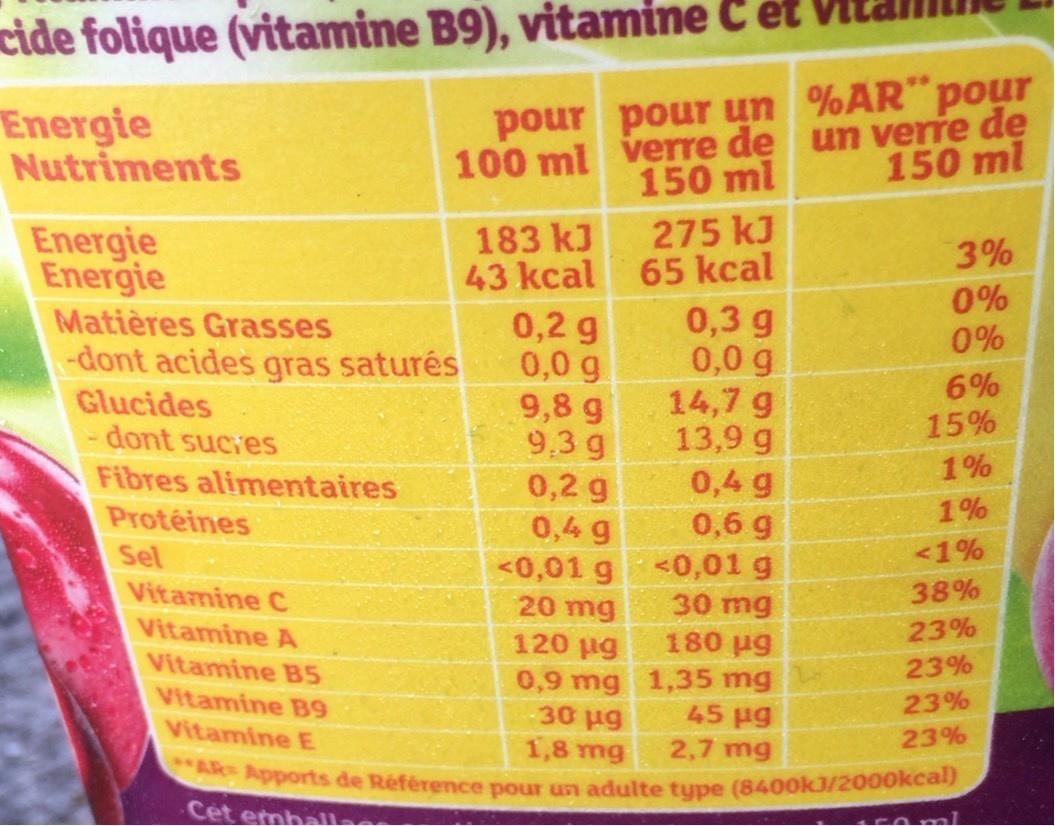
cide folique (vitamine B9), vitamine C et
100 ml verre de un verre de 150 ml
Energie Nutriments
pour pour un %AR"pour
150 ml
Energie Energie
183 kJ 43 kcal
275 kJ 65 kcal
3%
0% 0%
Matières Grasses -dont acides gras saturés
0,3 g 0,0 g 14,7 g 13,9 g
0,2 g 0,0 g 9,8 g 9,3 g 0,2 g 0,4 g <0,01 g<0,01 g 20 mg
Glucides -dont sucies
6% 15%
Fibres alimentaires
1%
0,4 g 0,6 g
Protéines
1%
<1%
Sel Vitamine C
30 mg
38%
Vitamine A
120 ug
180 ug
23%
Vitamine B5
23%
0,9 mg 1,35 mg 30 Hg 1,8 mg pports de Référence pour un adulte tupe (84O0KJ/2000kcal)
Vitamine B9
45 ug
23%
Vitamine E
2,7 mg
23%
Cet emball